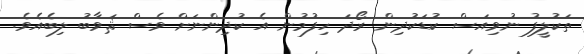
ތަކުލީފު ނުވިއަސް ކުޑަކުދިން ރޯދަ ހިފުމުން އެ ކުދިންނަށް ވެސް ޘަވާބު ލިބެއެވެ.